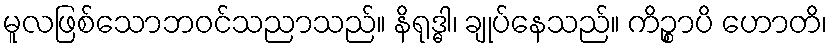
မူလဖြစ်သောဘဝင်သညာသည်။ နိရုဒ္ဓါ၊ ချုပ်နေသည်။ ကိဉ္စာပိ ဟောတိ၊